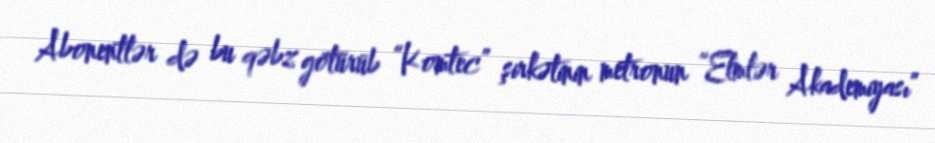
Abonentlər də bu qəbz götürüb “Komtec” şirkətinin metronun “Elmlər Akademiyası”